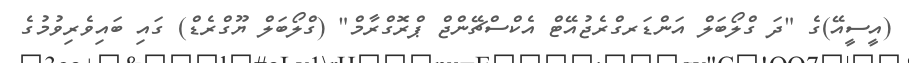
(އީސީއޭ)ގެ "ދަ ގްލޯބަލް އަންޑަރގްރެޖުއޭޓް އެކްސްޗޭންޖް ޕްރޮގްރާމް" (ގްލޯބަލް ޔޫގްރެޑް) ގައި ބައިވެރިވުމުގެ